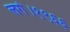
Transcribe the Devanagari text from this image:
लगे।१९६६